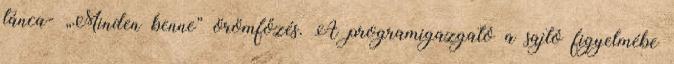
tánca- „Minden benne” örömfőzés. A programigazgató a sajtó figyelmébe